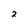
Character: 2